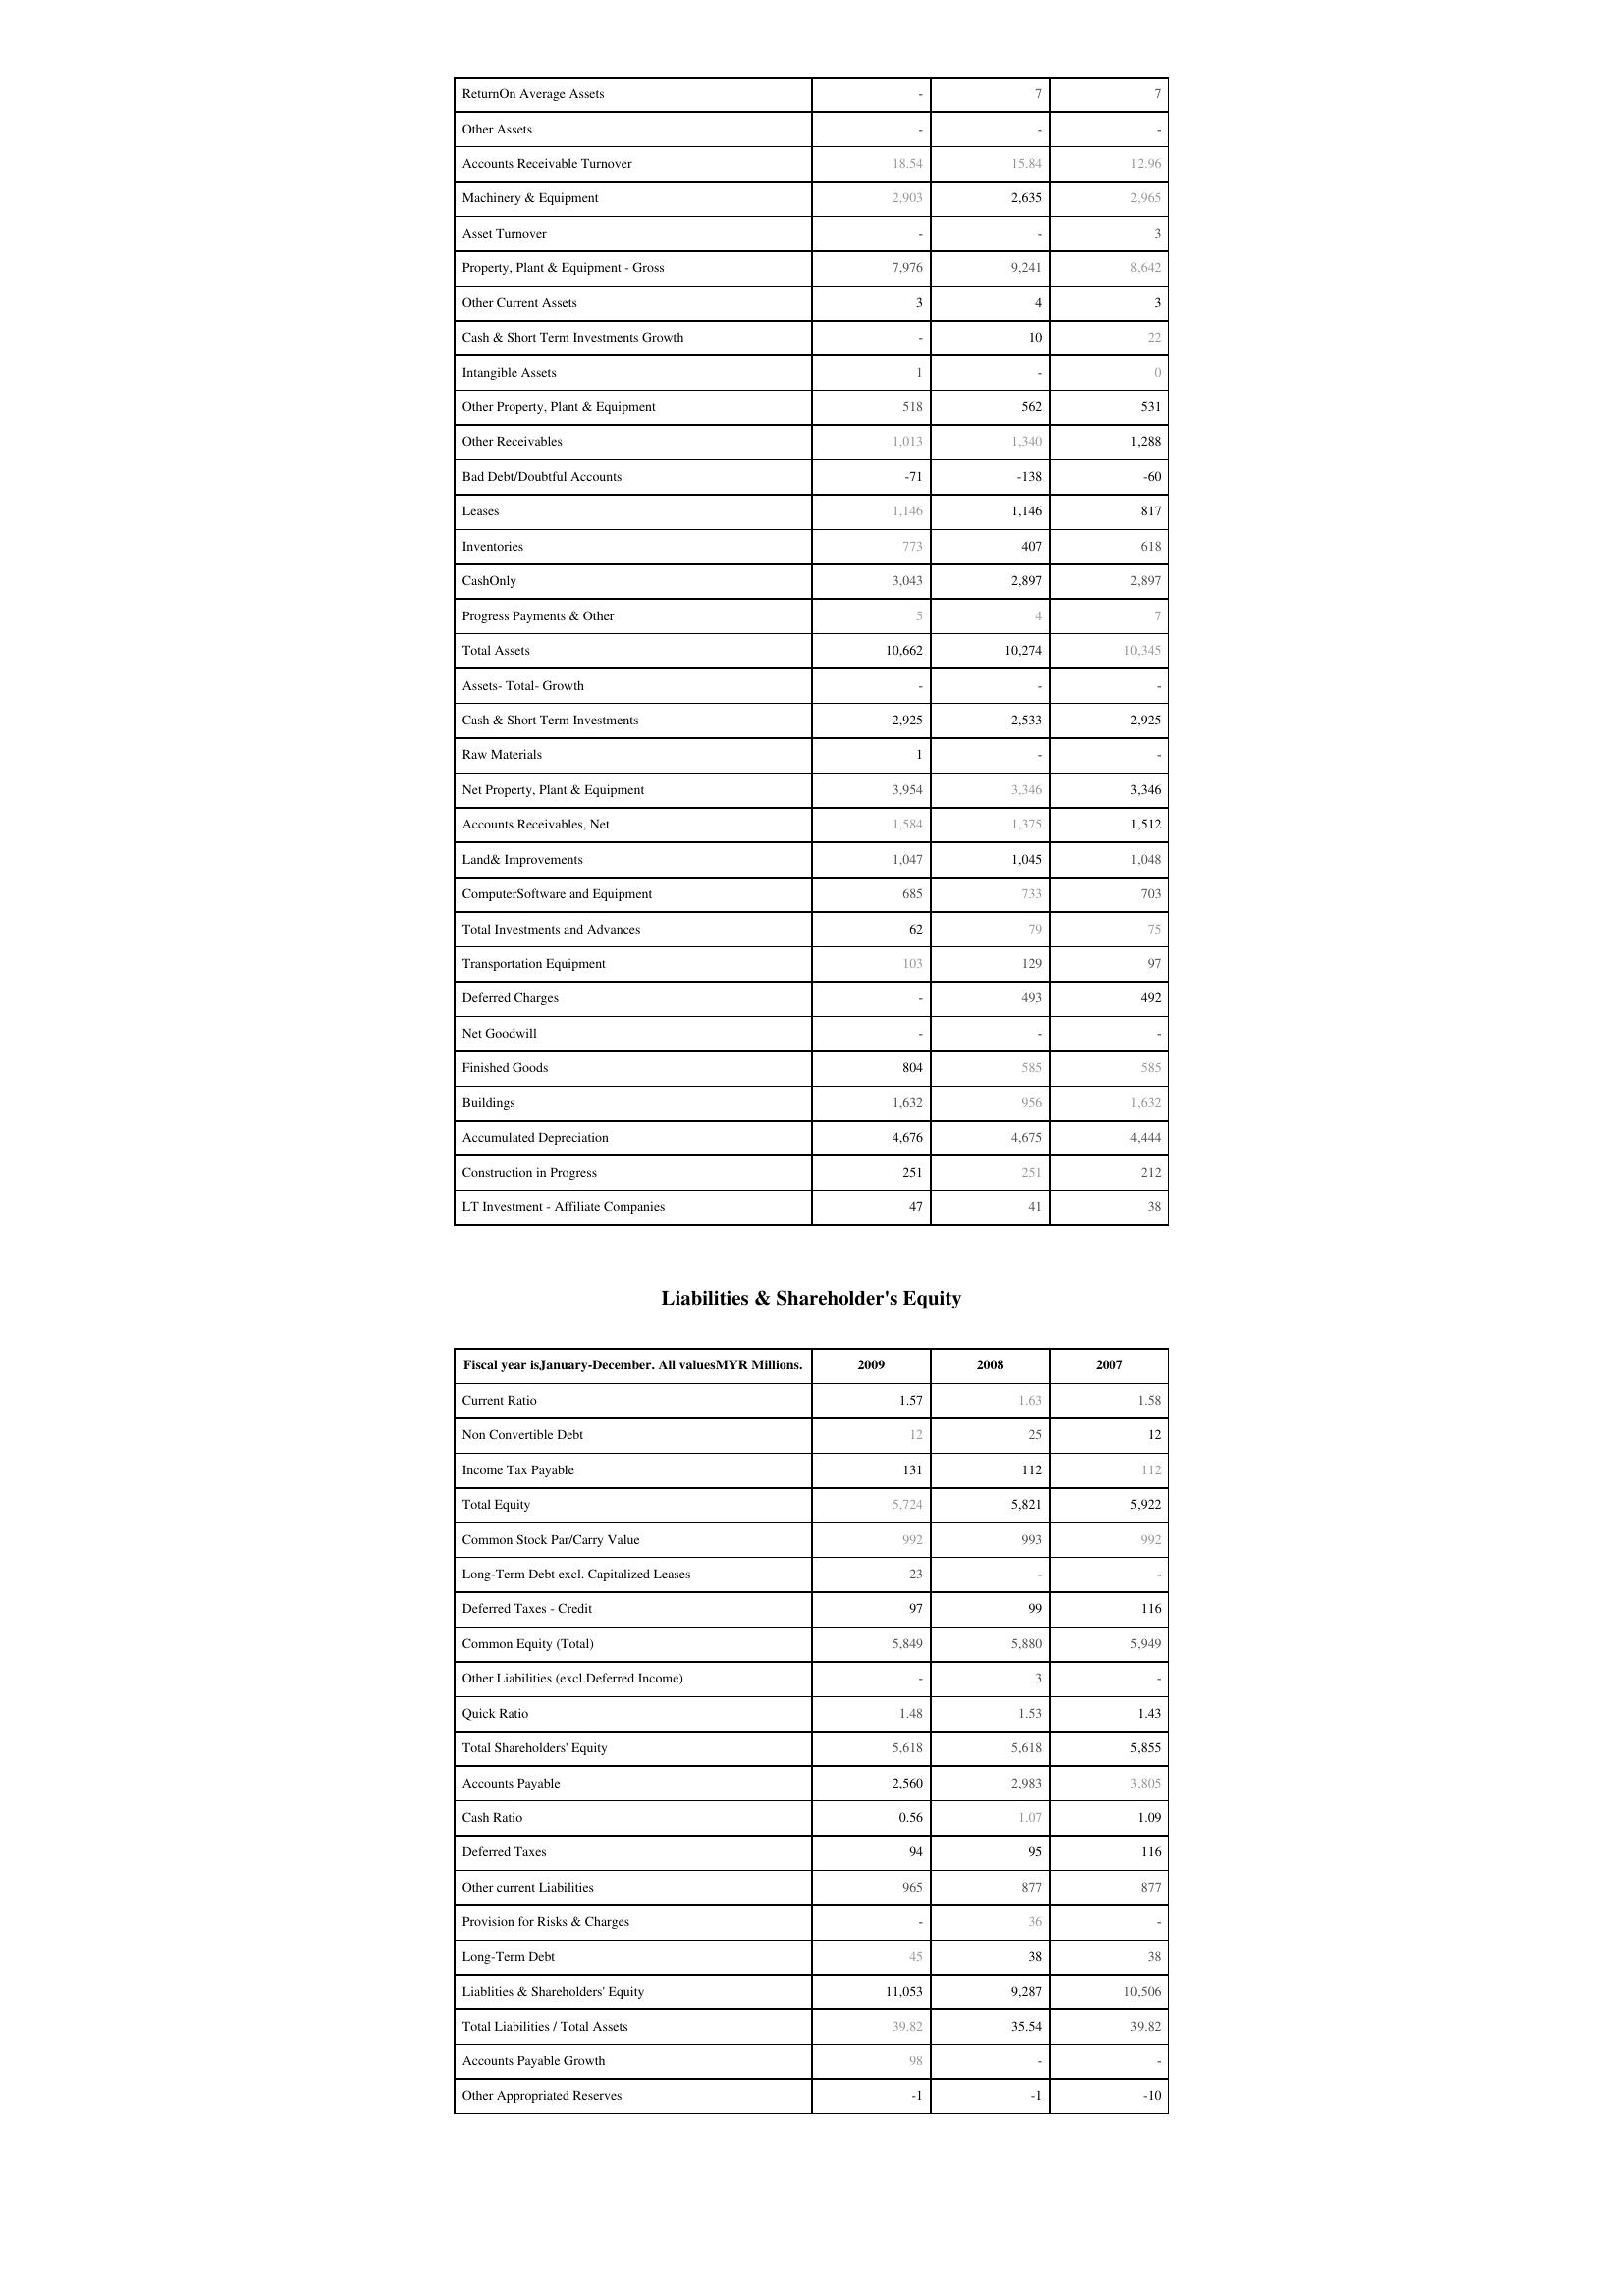
2009: Assets: ReturnOn Average Assets: -
Other Assets: -
Accounts Receivable Turnover: 18.54
Machinery & Equipment: 2,903
Asset Turnover: -
Property, Plant & Equipment - Gross : 7,976
Other Current Assets: 3
Cash & Short Term Investments Growth: -
Intangible Assets: 1
Other Property, Plant & Equipment: 518
Other Receivables: 1,013
Bad Debt/Doubtful Accounts: -71
Leases: 1,146
Inventories: 773
CashOnly: 3,043
Progress Payments & Other: 5
Total Assets: 10,662
Assets- Total- Growth: -
Cash & Short Term Investments: 2,925
Raw Materials: 1
Net Property, Plant & Equipment: 3,954
Accounts Receivables, Net: 1,584
Land& Improvements: 1,047
ComputerSoftware and Equipment: 685
Total Investments and Advances: 62
Transportation Equipment: 103
Deferred Charges: -
Net Goodwill: -
Finished Goods: 804
Buildings: 1,632
Accumulated Depreciation: 4,676
Construction in Progress: 251
LT Investment - Affiliate Companies: 47
Liabilities & Shareholder's Equity: Current Ratio: 1.57
Non Convertible Debt: 12
Income Tax Payable: 131
Total Equity: 5,724
Common Stock Par/Carry Value: 992
Long-Term Debt excl. Capitalized Leases: 23
Deferred Taxes - Credit: 97
Common Equity (Total): 5,849
Other Liabilities (excl.Deferred Income): -
Quick Ratio: 1.48
Total Shareholders' Equity: 5,618
Accounts Payable: 2,560
Cash Ratio: 0.56
Deferred Taxes: 94
Other current Liabilities: 965
Provision for Risks & Charges: -
Long-Term Debt: 45
Liablities & Shareholders' Equity: 11,053
Total Liabilities / Total Assets: 39.82
Accounts Payable Growth: 98
Other Appropriated Reserves: -1
2008: Assets: ReturnOn Average Assets: 7
Other Assets: -
Accounts Receivable Turnover: 15.84
Machinery & Equipment: 2,635
Asset Turnover: -
Property, Plant & Equipment - Gross : 9,241
Other Current Assets: 4
Cash & Short Term Investments Growth: 10
Intangible Assets: -
Other Property, Plant & Equipment: 562
Other Receivables: 1,340
Bad Debt/Doubtful Accounts: -138
Leases: 1,146
Inventories: 407
CashOnly: 2,897
Progress Payments & Other: 4
Total Assets: 10,274
Assets- Total- Growth: -
Cash & Short Term Investments: 2,533
Raw Materials: -
Net Property, Plant & Equipment: 3,346
Accounts Receivables, Net: 1,375
Land& Improvements: 1,045
ComputerSoftware and Equipment: 733
Total Investments and Advances: 79
Transportation Equipment: 129
Deferred Charges: 493
Net Goodwill: -
Finished Goods: 585
Buildings: 956
Accumulated Depreciation: 4,675
Construction in Progress: 251
LT Investment - Affiliate Companies: 41
Liabilities & Shareholder's Equity: Current Ratio: 1.63
Non Convertible Debt: 25
Income Tax Payable: 112
Total Equity: 5,821
Common Stock Par/Carry Value: 993
Long-Term Debt excl. Capitalized Leases: -
Deferred Taxes - Credit: 99
Common Equity (Total): 5,880
Other Liabilities (excl.Deferred Income): 3
Quick Ratio: 1.53
Total Shareholders' Equity: 5,618
Accounts Payable: 2,983
Cash Ratio: 1.07
Deferred Taxes: 95
Other current Liabilities: 877
Provision for Risks & Charges: 36
Long-Term Debt: 38
Liablities & Shareholders' Equity: 9,287
Total Liabilities / Total Assets: 35.54
Accounts Payable Growth: -
Other Appropriated Reserves: -1
2007: Assets: ReturnOn Average Assets: 7
Other Assets: -
Accounts Receivable Turnover: 12.96
Machinery & Equipment: 2,965
Asset Turnover: 3
Property, Plant & Equipment - Gross : 8,642
Other Current Assets: 3
Cash & Short Term Investments Growth: 22
Intangible Assets: 0
Other Property, Plant & Equipment: 531
Other Receivables: 1,288
Bad Debt/Doubtful Accounts: -60
Leases: 817
Inventories: 618
CashOnly: 2,897
Progress Payments & Other: 7
Total Assets: 10,345
Assets- Total- Growth: -
Cash & Short Term Investments: 2,925
Raw Materials: -
Net Property, Plant & Equipment: 3,346
Accounts Receivables, Net: 1,512
Land& Improvements: 1,048
ComputerSoftware and Equipment: 703
Total Investments and Advances: 75
Transportation Equipment: 97
Deferred Charges: 492
Net Goodwill: -
Finished Goods: 585
Buildings: 1,632
Accumulated Depreciation: 4,444
Construction in Progress: 212
LT Investment - Affiliate Companies: 38
Liabilities & Shareholder's Equity: Current Ratio: 1.58
Non Convertible Debt: 12
Income Tax Payable: 112
Total Equity: 5,922
Common Stock Par/Carry Value: 992
Long-Term Debt excl. Capitalized Leases: -
Deferred Taxes - Credit: 116
Common Equity (Total): 5,949
Other Liabilities (excl.Deferred Income): -
Quick Ratio: 1.43
Total Shareholders' Equity: 5,855
Accounts Payable: 3,805
Cash Ratio: 1.09
Deferred Taxes: 116
Other current Liabilities: 877
Provision for Risks & Charges: -
Long-Term Debt: 38
Liablities & Shareholders' Equity: 10,506
Total Liabilities / Total Assets: 39.82
Accounts Payable Growth: -
Other Appropriated Reserves: -10